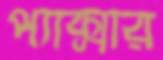
প্যাক্সার